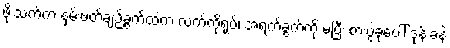
ဖိုးသက်က နှမ်းဖတ်ချဉ်ခွက်ထဲက လက်ကိုရုပ်၊ အရက်ခွက်ကို မပြီး စားပွဲခုံပေါ် ဒုန်းခနဲ